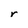
Character: r